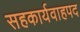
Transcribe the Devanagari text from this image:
सहकार्यवाहपद